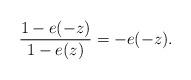
LaTeX: \begin{align*}\frac{1 - e(-z)}{1-e(z)} = -e(-z). \end{align*}